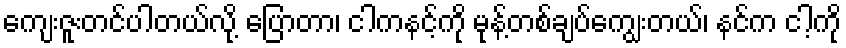
ကျေးဇူးတင်ပါတယ်လို့ ပြောတာ၊ ငါကနင့်ကို မုန့်တစ်ချပ်ကျွေးတယ်၊ နင်က ငါ့ကို